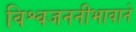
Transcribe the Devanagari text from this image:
विश्वजननीभावाने